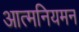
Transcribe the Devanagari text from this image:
आत्मनियमन